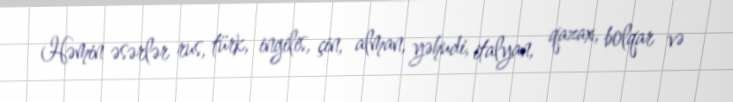
Həmin əsərlər rus, türk, ingilis, çin, alman, yəhudi, italyan, qazax, bolqar və